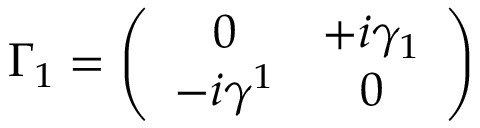
\Gamma _ { 1 } = \left( \begin{array} { c c } { { 0 } } & { { + i \gamma _ { 1 } } } \\ { { - i \gamma ^ { 1 } } } & { { 0 } } \end{array} \right)